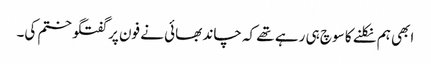
ابھی ہم نکلنے کا سوچ ہی رہے تھے کہ چاند بھائی نے فون پر گفتگو ختم کی۔